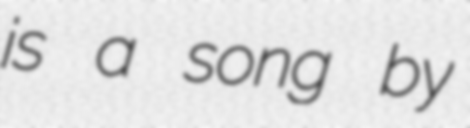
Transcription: is a song by